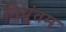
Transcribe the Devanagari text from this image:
नियुंतम